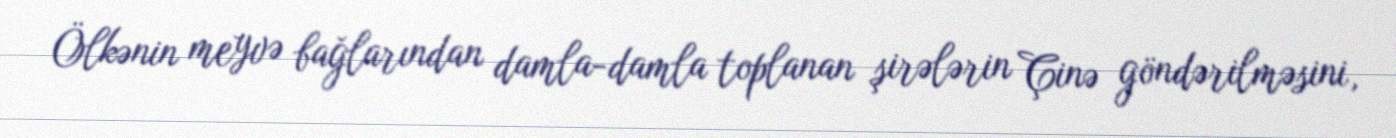
Ölkənin meyvə bağlarından damla-damla toplanan şirələrin Çinə göndərilməsini,